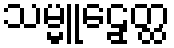
သမ္မူဠှေတ္ထ